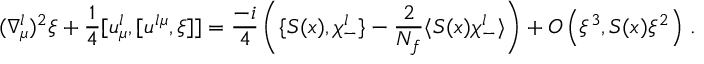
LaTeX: ( \nabla _ { \mu } ^ { l } ) ^ { 2 } \xi + \frac { 1 } { 4 } [ u _ { \mu } ^ { l } , [ u ^ { l \mu } , \xi ] ] = \frac { - i } { 4 } \left( \{ S ( x ) , \chi _ { - } ^ { l } \} - \frac { 2 } { N _ { f } } \langle S ( x ) \chi _ { - } ^ { l } \rangle \right) + { \cal O } \left( \xi ^ { 3 } , S ( x ) \xi ^ { 2 } \right) \, .